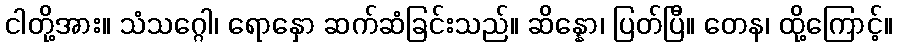
ငါတို့အား။ သံသဂ္ဂေါ၊ ရောနှော ဆက်ဆံခြင်းသည်။ ဆိန္နော၊ ပြတ်ပြီ။ တေန၊ ထို့ကြောင့်။